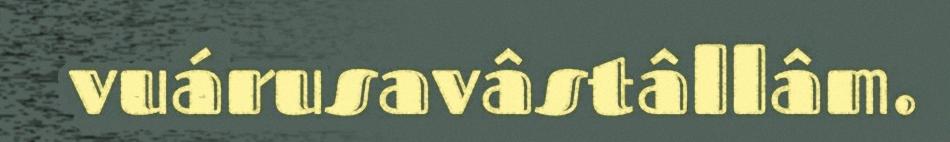
vuárusavâstâllâm.